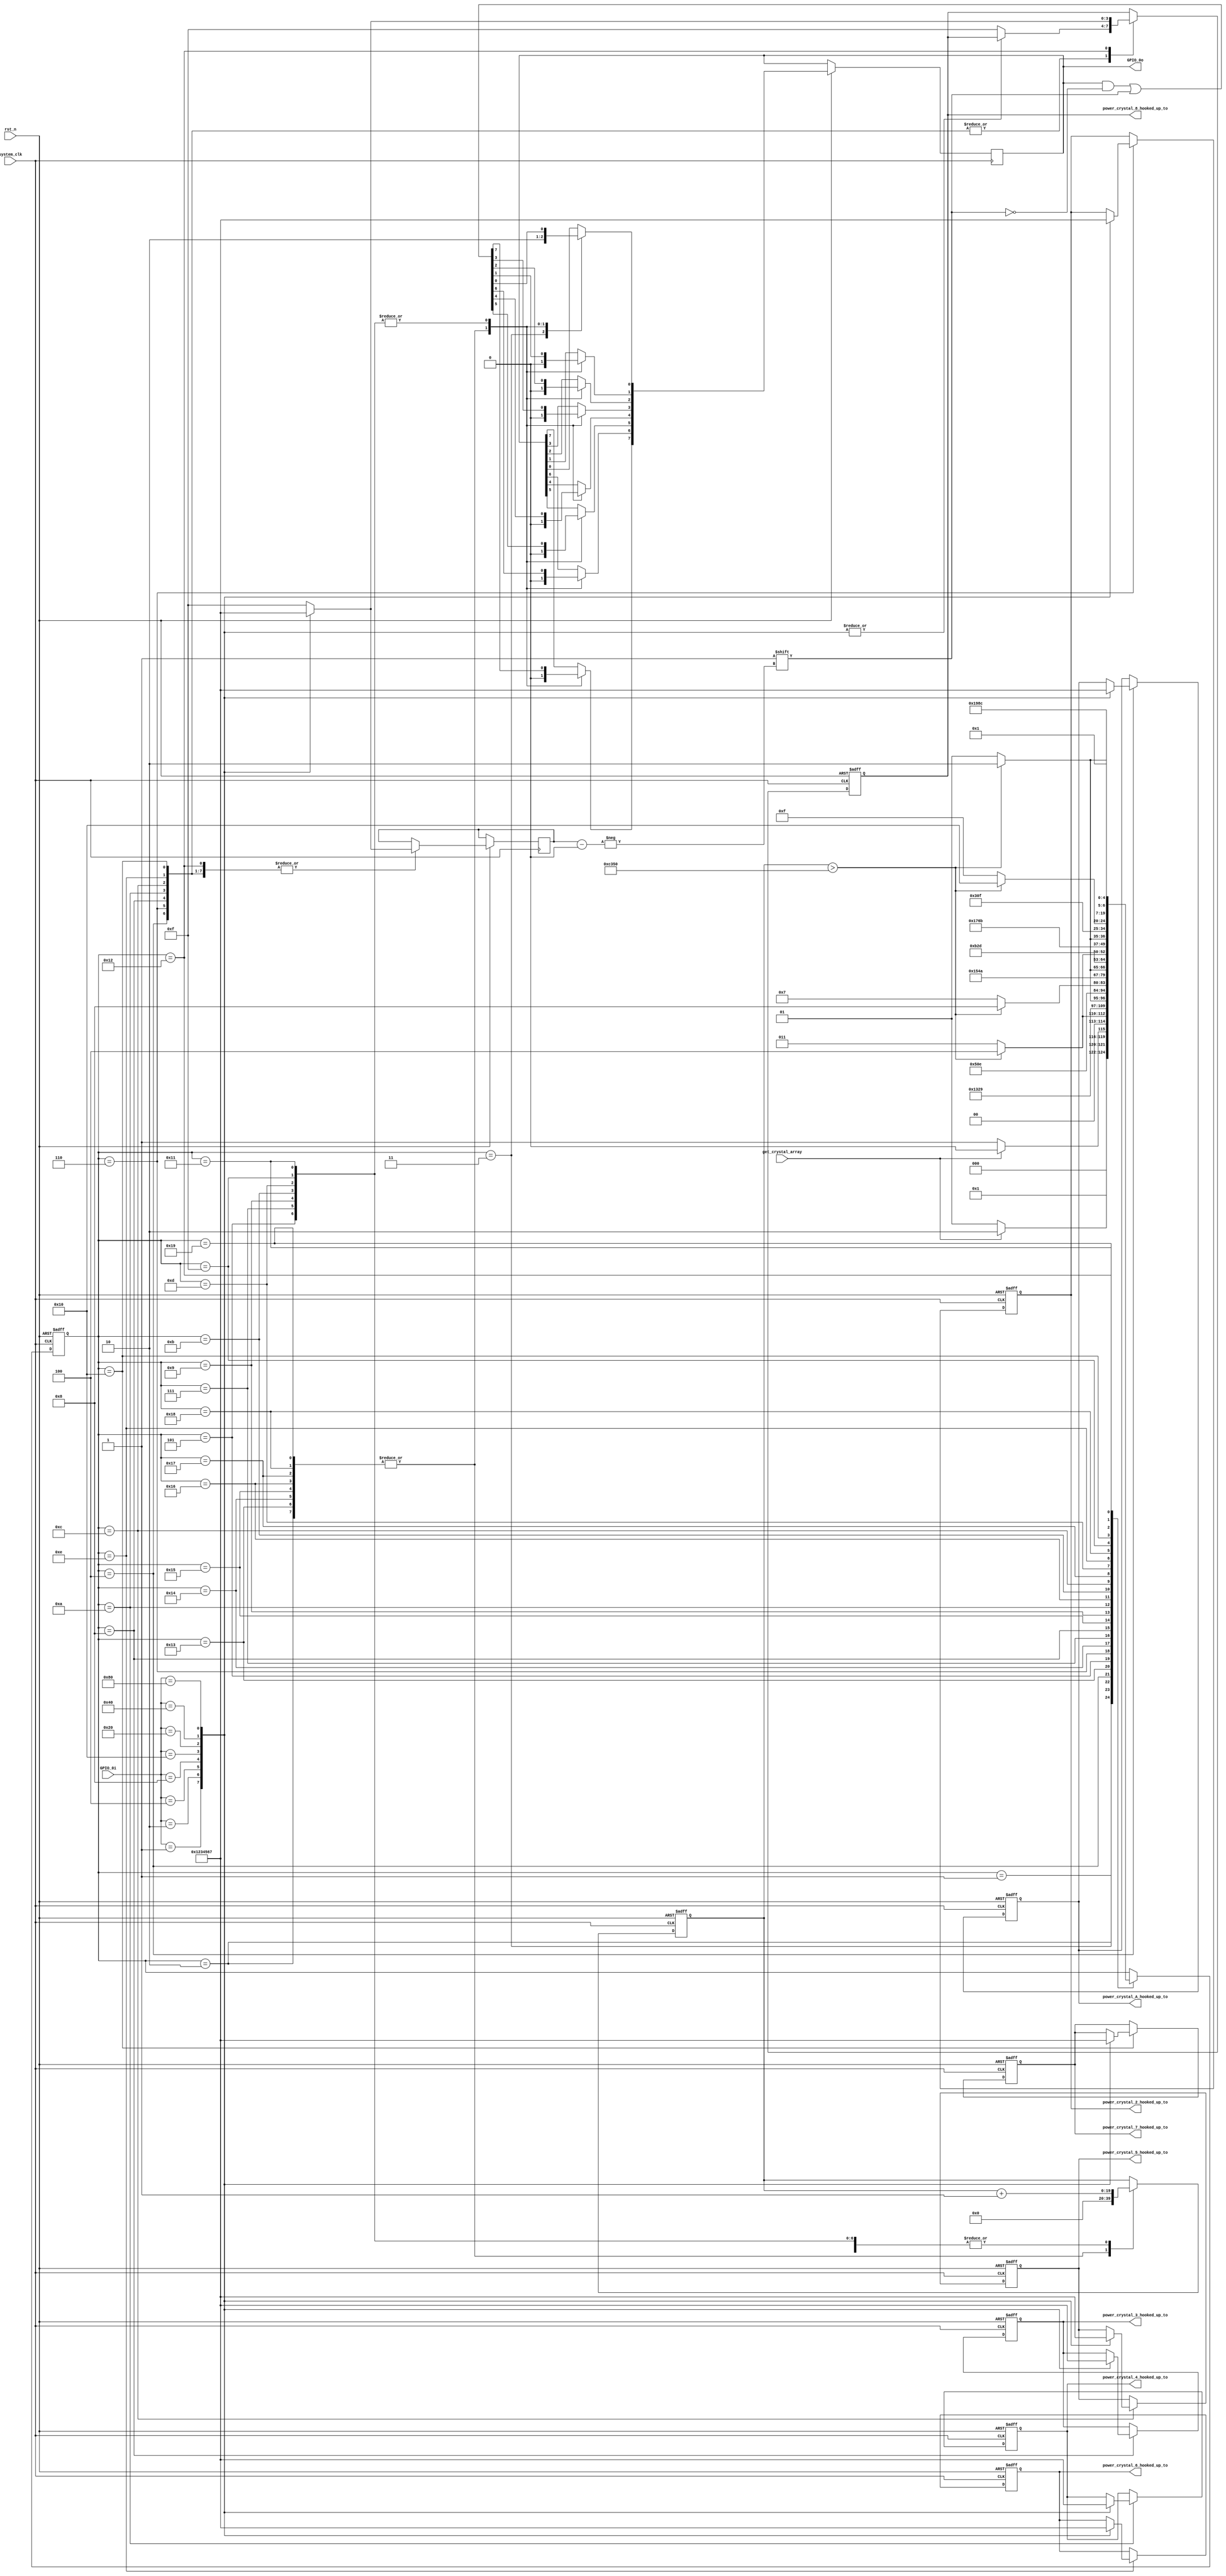
/*

This software/hardware design was originally created by Peter Jamieson
jamiespa@muohio.edu  http://www.users.muohio.edu/jamiespa/

Permission is hereby granted, free of charge, to any person
obtaining a copy of this software and associated documentation
files (the "Software"), to deal in the Software without
restriction, including without limitation the rights to use,
copy, modify, merge, publish, distribute, sublicense, and/or sell
copies of the Software, and to permit persons to whom the
Software is furnished to do so, subject to the following
conditions:

The above copyright notice and this permission notice shall be
included in all copies or substantial portions of the Software.

THE SOFTWARE IS PROVIDED "AS IS", WITHOUT WARRANTY OF ANY KIND,
EXPRESS OR IMPLIED, INCLUDING BUT NOT LIMITED TO THE WARRANTIES
OF MERCHANTABILITY, FITNESS FOR A PARTICULAR PURPOSE AND
NONINFRINGEMENT. IN NO EVENT SHALL THE AUTHORS OR COPYRIGHT
HOLDERS BE LIABLE FOR ANY CLAIM, DAMAGES OR OTHER LIABILITY,
WHETHER IN AN ACTION OF CONTRACT, TORT OR OTHERWISE, ARISING
FROM, OUT OF OR IN CONNECTION WITH THE SOFTWARE OR THE USE OR
OTHER DEALINGS IN THE SOFTWARE.

*/ 
module crystal_read (
		input system_clk, 
		input rst_n, 
		input get_crystal_array, 
		input [7:0]GPIO_0i,
		output reg [7:0]GPIO_0o,
		output reg [3:0] power_crystal_A_hooked_up_to,
		output reg [3:0] power_crystal_2_hooked_up_to,
		output reg [3:0] power_crystal_3_hooked_up_to,
		output reg [3:0] power_crystal_4_hooked_up_to,
		output reg [3:0] power_crystal_5_hooked_up_to,
		output reg [3:0] power_crystal_6_hooked_up_to,
		output reg [3:0] power_crystal_7_hooked_up_to,
		output reg [3:0] power_crystal_8_hooked_up_to 
		);

reg [19:0]timer;
parameter TIMER_COUNT=20'd50000;

reg [3:0]next_crystals;
reg [4:0]crystal_state;
parameter 	
		IDLE			=	5'd1,
		IDLE2			=	5'd2,
		START_A			=	5'd3,
		READ_A			=	5'd4,
		START_2			=	5'd5,
		READ_2			=	5'd6,
		START_3			=	5'd7,
		READ_3			=	5'd8,
		START_4			=	5'd9,
		READ_4			=	5'd10,
		START_5			=	5'd11,
		READ_5			=	5'd12,
		START_6			=	5'd13,
		READ_6			=	5'd14,
		START_7			=	5'd15,
		READ_7			=	5'd16,
		START_8			=	5'd17,
		READ_8			=	5'd18,
		NEXT_2			=	5'd19,
		NEXT_3			=	5'd20,
		NEXT_4			=	5'd21,
		NEXT_5			=	5'd22,
		NEXT_6			=	5'd23,
		NEXT_7			=	5'd24,
		NEXT_8			=	5'd25,
		ERROR			= 	5'b11111;
	
/* this sets values for your ship to control - very simple */
always @ (posedge system_clk or negedge rst_n) 
begin
	if (rst_n == 1'b0) 
	begin
		crystal_state <= IDLE;
		power_crystal_A_hooked_up_to <= 4'd7;
		power_crystal_2_hooked_up_to <= 4'd0;
		power_crystal_3_hooked_up_to <= 4'd1;
		power_crystal_4_hooked_up_to <= 4'd2;
		power_crystal_5_hooked_up_to <= 4'd3;
		power_crystal_6_hooked_up_to <= 4'd4;
		power_crystal_7_hooked_up_to <= 4'd5;
		power_crystal_8_hooked_up_to <= 4'd6;
		timer <= 20'd0;
	end
	else 
	begin
		case(crystal_state)
			IDLE:
			begin
				crystal_state <= get_crystal_array == 1'b1 ? IDLE2 : IDLE;
			end
			IDLE2:
			begin
				crystal_state <= get_crystal_array == 1'b0 ? START_A : IDLE2;
				timer <= 20'd0;
				GPIO_0o[0] <= 1'b0;
				GPIO_0o[1] <= 1'b0;
				GPIO_0o[2] <= 1'b0;
				GPIO_0o[3] <= 1'b0;
				GPIO_0o[4] <= 1'b0;
				GPIO_0o[5] <= 1'b0;
				GPIO_0o[6] <= 1'b0;
				GPIO_0o[7] <= 1'b0;
			end
			START_A:
			begin
				crystal_state <= (timer > TIMER_COUNT) ? READ_A : START_A;
				GPIO_0o[0] <= 1'b1;
				timer <= timer + 1'b1;
			end
			READ_A:
			begin
				crystal_state <= NEXT_2;

				case (GPIO_0i[7:0])
					8'b00000001:
					begin
						next_crystals <= 4'd0;
						power_crystal_A_hooked_up_to <= 4'd0;
					end
					8'b00000010:
					begin
						next_crystals <= 4'd1;
						power_crystal_A_hooked_up_to <= 4'd1;
					end
					8'b00000100:
					begin
						next_crystals <= 4'd2;
						power_crystal_A_hooked_up_to <= 4'd2;
					end
					8'b00001000:
					begin
						next_crystals <= 4'd3;
						power_crystal_A_hooked_up_to <= 4'd3;
					end
					8'b00010000:
					begin
						next_crystals <= 4'd4;
						power_crystal_A_hooked_up_to <= 4'd4;
					end
					8'b00100000:
					begin
						next_crystals <= 4'd5;
						power_crystal_A_hooked_up_to <= 4'd5;
					end
					8'b01000000:
					begin
						next_crystals <= 4'd6;
						power_crystal_A_hooked_up_to <= 4'd6;
					end
					8'b10000000:
					begin
						next_crystals <= 4'd7;
						power_crystal_A_hooked_up_to <= 4'd7;
					end
					default:
					begin
						next_crystals <= 4'b1111;
						power_crystal_8_hooked_up_to <= 4'b1111;
					end
				endcase
			end
			NEXT_2:
			begin
				crystal_state <= START_2;
				timer <= 20'd0;
				GPIO_0o[0] <= 1'b0;
				GPIO_0o[1] <= 1'b0;
				GPIO_0o[2] <= 1'b0;
				GPIO_0o[3] <= 1'b0;
				GPIO_0o[4] <= 1'b0;
				GPIO_0o[5] <= 1'b0;
				GPIO_0o[6] <= 1'b0;
				GPIO_0o[7] <= 1'b0;
			end
			START_2:
			begin
				crystal_state <= (timer > TIMER_COUNT) ? READ_2 : START_2;
				GPIO_0o[next_crystals] <= 1'b1;
				timer <= timer + 1'b1;
			end
			READ_2:
			begin
				crystal_state <= NEXT_3;

				case (GPIO_0i[7:0])
					8'b00000001:
					begin
						next_crystals <= 4'd0;
						power_crystal_2_hooked_up_to <= 4'd0;
					end
					8'b00000010:
					begin
						next_crystals <= 4'd1;
						power_crystal_2_hooked_up_to <= 4'd1;
					end
					8'b00000100:
					begin
						next_crystals <= 4'd2;
						power_crystal_2_hooked_up_to <= 4'd2;
					end
					8'b00001000:
					begin
						next_crystals <= 4'd3;
						power_crystal_2_hooked_up_to <= 4'd3;
					end
					8'b00010000:
					begin
						next_crystals <= 4'd4;
						power_crystal_2_hooked_up_to <= 4'd4;
					end
					8'b00100000:
					begin
						next_crystals <= 4'd5;
						power_crystal_2_hooked_up_to <= 4'd5;
					end
					8'b01000000:
					begin
						next_crystals <= 4'd6;
						power_crystal_2_hooked_up_to <= 4'd6;
					end
					8'b10000000:
					begin
						next_crystals <= 4'd7;
						power_crystal_2_hooked_up_to <= 4'd7;
					end
					default:
					begin
						next_crystals <= 4'b1111;
						power_crystal_8_hooked_up_to <= 4'b1111;
					end
				endcase
			end			
			NEXT_3:
			begin
				crystal_state <= START_3;
				timer <= 20'd0;
				GPIO_0o[0] <= 1'b0;
				GPIO_0o[1] <= 1'b0;
				GPIO_0o[2] <= 1'b0;
				GPIO_0o[3] <= 1'b0;
				GPIO_0o[4] <= 1'b0;
				GPIO_0o[5] <= 1'b0;
				GPIO_0o[6] <= 1'b0;
				GPIO_0o[7] <= 1'b0;
			end
			START_3:
			begin
				crystal_state <= (timer > TIMER_COUNT) ? READ_3 : START_3;
				GPIO_0o[next_crystals] <= 1'b1;
				timer <= timer + 1'b1;
			end
			READ_3:
			begin
				crystal_state <= NEXT_4;

				case (GPIO_0i[7:0])
					8'b00000001:
					begin
						next_crystals <= 4'd0;
						power_crystal_3_hooked_up_to <= 4'd0;
					end
					8'b00000010:
					begin
						next_crystals <= 4'd1;
						power_crystal_3_hooked_up_to <= 4'd1;
					end
					8'b00000100:
					begin
						next_crystals <= 4'd2;
						power_crystal_3_hooked_up_to <= 4'd2;
					end
					8'b00001000:
					begin
						next_crystals <= 4'd3;
						power_crystal_3_hooked_up_to <= 4'd3;
					end
					8'b00010000:
					begin
						next_crystals <= 4'd4;
						power_crystal_3_hooked_up_to <= 4'd4;
					end
					8'b00100000:
					begin
						next_crystals <= 4'd5;
						power_crystal_3_hooked_up_to <= 4'd5;
					end
					8'b01000000:
					begin
						next_crystals <= 4'd6;
						power_crystal_3_hooked_up_to <= 4'd6;
					end
					8'b10000000:
					begin
						next_crystals <= 4'd7;
						power_crystal_3_hooked_up_to <= 4'd7;
					end
					default:
					begin
						next_crystals <= 4'b1111;
						power_crystal_8_hooked_up_to <= 4'b1111;
					end
				endcase
			end
			NEXT_4:
			begin
				crystal_state <= START_4;
				timer <= 20'd0;
				GPIO_0o[0] <= 1'b0;
				GPIO_0o[1] <= 1'b0;
				GPIO_0o[2] <= 1'b0;
				GPIO_0o[3] <= 1'b0;
				GPIO_0o[4] <= 1'b0;
				GPIO_0o[5] <= 1'b0;
				GPIO_0o[6] <= 1'b0;
				GPIO_0o[7] <= 1'b0;
			end
			START_4:
			begin
				crystal_state <= (timer > TIMER_COUNT) ? READ_4 : START_4;
				GPIO_0o[next_crystals] <= 1'b1;
				timer <= timer + 1'b1;
			end
			READ_4:
			begin
				crystal_state <= NEXT_5;

				case (GPIO_0i[7:0])
					8'b00000001:
					begin
						next_crystals <= 4'd0;
						power_crystal_4_hooked_up_to <= 4'd0;
					end
					8'b00000010:
					begin
						next_crystals <= 4'd1;
						power_crystal_4_hooked_up_to <= 4'd1;
					end
					8'b00000100:
					begin
						next_crystals <= 4'd2;
						power_crystal_4_hooked_up_to <= 4'd2;
					end
					8'b00001000:
					begin
						next_crystals <= 4'd3;
						power_crystal_4_hooked_up_to <= 4'd3;
					end
					8'b00010000:
					begin
						next_crystals <= 4'd4;
						power_crystal_4_hooked_up_to <= 4'd4;
					end
					8'b00100000:
					begin
						next_crystals <= 4'd5;
						power_crystal_4_hooked_up_to <= 4'd5;
					end
					8'b01000000:
					begin
						next_crystals <= 4'd6;
						power_crystal_4_hooked_up_to <= 4'd6;
					end
					8'b10000000:
					begin
						next_crystals <= 4'd7;
						power_crystal_4_hooked_up_to <= 4'd7;
					end
					default:
					begin
						next_crystals <= 4'b1111;
						power_crystal_8_hooked_up_to <= 4'b1111;
					end
				endcase
			end			
			NEXT_5:
			begin
				crystal_state <= START_5;
				timer <= 20'd0;
				GPIO_0o[0] <= 1'b0;
				GPIO_0o[1] <= 1'b0;
				GPIO_0o[2] <= 1'b0;
				GPIO_0o[3] <= 1'b0;
				GPIO_0o[4] <= 1'b0;
				GPIO_0o[5] <= 1'b0;
				GPIO_0o[6] <= 1'b0;
				GPIO_0o[7] <= 1'b0;
			end
			START_5:
			begin
				crystal_state <= (timer > TIMER_COUNT) ? READ_5 : START_5;
				GPIO_0o[next_crystals] <= 1'b1;
				timer <= timer + 1'b1;
			end
			READ_5:
			begin
				crystal_state <= NEXT_6;

				case (GPIO_0i[7:0])
					8'b00000001:
					begin
						next_crystals <= 4'd0;
						power_crystal_5_hooked_up_to <= 4'd0;
					end
					8'b00000010:
					begin
						next_crystals <= 4'd1;
						power_crystal_5_hooked_up_to <= 4'd1;
					end
					8'b00000100:
					begin
						next_crystals <= 4'd2;
						power_crystal_5_hooked_up_to <= 4'd2;
					end
					8'b00001000:
					begin
						next_crystals <= 4'd3;
						power_crystal_5_hooked_up_to <= 4'd3;
					end
					8'b00010000:
					begin
						next_crystals <= 4'd4;
						power_crystal_5_hooked_up_to <= 4'd4;
					end
					8'b00100000:
					begin
						next_crystals <= 4'd5;
						power_crystal_5_hooked_up_to <= 4'd5;
					end
					8'b01000000:
					begin
						next_crystals <= 4'd6;
						power_crystal_5_hooked_up_to <= 4'd6;
					end
					8'b10000000:
					begin
						next_crystals <= 4'd7;
						power_crystal_5_hooked_up_to <= 4'd7;
					end
					default:
					begin
						next_crystals <= 4'b1111;
						power_crystal_8_hooked_up_to <= 4'b1111;
					end
				endcase
			end			
			NEXT_6:
			begin
				crystal_state <= START_6;
				timer <= 20'd0;
				GPIO_0o[0] <= 1'b0;
				GPIO_0o[1] <= 1'b0;
				GPIO_0o[2] <= 1'b0;
				GPIO_0o[3] <= 1'b0;
				GPIO_0o[4] <= 1'b0;
				GPIO_0o[5] <= 1'b0;
				GPIO_0o[6] <= 1'b0;
				GPIO_0o[7] <= 1'b0;
			end
			START_6:
			begin
				crystal_state <= (timer > TIMER_COUNT) ? READ_6 : START_6;
				GPIO_0o[next_crystals] <= 1'b1;
				timer <= timer + 1'b1;
			end
			READ_6:
			begin
				crystal_state <= NEXT_7;

				case (GPIO_0i[7:0])
					8'b00000001:
					begin
						next_crystals <= 4'd0;
						power_crystal_6_hooked_up_to <= 4'd0;
					end
					8'b00000010:
					begin
						next_crystals <= 4'd1;
						power_crystal_6_hooked_up_to <= 4'd1;
					end
					8'b00000100:
					begin
						next_crystals <= 4'd2;
						power_crystal_6_hooked_up_to <= 4'd2;
					end
					8'b00001000:
					begin
						next_crystals <= 4'd3;
						power_crystal_6_hooked_up_to <= 4'd3;
					end
					8'b00010000:
					begin
						next_crystals <= 4'd4;
						power_crystal_6_hooked_up_to <= 4'd4;
					end
					8'b00100000:
					begin
						next_crystals <= 4'd5;
						power_crystal_6_hooked_up_to <= 4'd5;
					end
					8'b01000000:
					begin
						next_crystals <= 4'd6;
						power_crystal_6_hooked_up_to <= 4'd6;
					end
					8'b10000000:
					begin
						next_crystals <= 4'd7;
						power_crystal_6_hooked_up_to <= 4'd7;
					end
					default:
					begin
						next_crystals <= 4'b1111;
						power_crystal_8_hooked_up_to <= 4'b1111;
					end
				endcase
			end			
			NEXT_7:
			begin
				crystal_state <= START_7;
				timer <= 20'd0;
				GPIO_0o[0] <= 1'b0;
				GPIO_0o[1] <= 1'b0;
				GPIO_0o[2] <= 1'b0;
				GPIO_0o[3] <= 1'b0;
				GPIO_0o[4] <= 1'b0;
				GPIO_0o[5] <= 1'b0;
				GPIO_0o[6] <= 1'b0;
				GPIO_0o[7] <= 1'b0;
			end
			START_7:
			begin
				crystal_state <= (timer > TIMER_COUNT) ? READ_7 : START_7;
				GPIO_0o[next_crystals] <= 1'b1;
				timer <= timer + 1'b1;
			end
			READ_7:
			begin
				crystal_state <= NEXT_8;

				case (GPIO_0i[7:0])
					8'b00000001:
					begin
						next_crystals <= 4'd0;
						power_crystal_7_hooked_up_to <= 4'd0;
					end
					8'b00000010:
					begin
						next_crystals <= 4'd1;
						power_crystal_7_hooked_up_to <= 4'd1;
					end
					8'b00000100:
					begin
						next_crystals <= 4'd2;
						power_crystal_7_hooked_up_to <= 4'd2;
					end
					8'b00001000:
					begin
						next_crystals <= 4'd3;
						power_crystal_7_hooked_up_to <= 4'd3;
					end
					8'b00010000:
					begin
						next_crystals <= 4'd4;
						power_crystal_7_hooked_up_to <= 4'd4;
					end
					8'b00100000:
					begin
						next_crystals <= 4'd5;
						power_crystal_7_hooked_up_to <= 4'd5;
					end
					8'b01000000:
					begin
						next_crystals <= 4'd6;
						power_crystal_7_hooked_up_to <= 4'd6;
					end
					8'b10000000:
					begin
						next_crystals <= 4'd7;
						power_crystal_7_hooked_up_to <= 4'd7;
					end
					default:
					begin
						next_crystals <= 4'b1111;
						power_crystal_8_hooked_up_to <= 4'b1111;
					end
				endcase
			end
			NEXT_8:
			begin
				crystal_state <= START_8;
				timer <= 20'd0;
				GPIO_0o[0] <= 1'b0;
				GPIO_0o[1] <= 1'b0;
				GPIO_0o[2] <= 1'b0;
				GPIO_0o[3] <= 1'b0;
				GPIO_0o[4] <= 1'b0;
				GPIO_0o[5] <= 1'b0;
				GPIO_0o[6] <= 1'b0;
				GPIO_0o[7] <= 1'b0;
			end
			START_8:
			begin
				crystal_state <= (timer > TIMER_COUNT) ? READ_8 : START_8;
				GPIO_0o[next_crystals] <= 1'b1;
				timer <= timer + 1'b1;
			end
			READ_8:
			begin
				crystal_state <= IDLE;

				case (GPIO_0i[7:0])
					8'b00000001:
					begin
						next_crystals <= 4'd0;
						power_crystal_8_hooked_up_to <= 4'd0;
					end
					8'b00000010:
					begin
						next_crystals <= 4'd1;
						power_crystal_8_hooked_up_to <= 4'd1;
					end
					8'b00000100:
					begin
						next_crystals <= 4'd2;
						power_crystal_8_hooked_up_to <= 4'd2;
					end
					8'b00001000:
					begin
						next_crystals <= 4'd3;
						power_crystal_8_hooked_up_to <= 4'd3;
					end
					8'b00010000:
					begin
						next_crystals <= 4'd4;
						power_crystal_8_hooked_up_to <= 4'd4;
					end
					8'b00100000:
					begin
						next_crystals <= 4'd5;
						power_crystal_8_hooked_up_to <= 4'd5;
					end
					8'b01000000:
					begin
						next_crystals <= 4'd6;
						power_crystal_8_hooked_up_to <= 4'd6;
					end
					8'b10000000:
					begin
						next_crystals <= 4'd7;
						power_crystal_8_hooked_up_to <= 4'd7;
					end
					default:
					begin
						next_crystals <= 4'b1111;
						power_crystal_8_hooked_up_to <= 4'b1111;
					end
				endcase
			end
		endcase
	end
end

endmodule